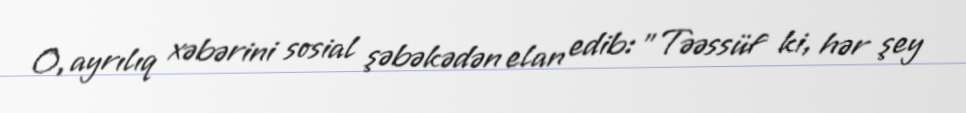
O, ayrılıq xəbərini sosial şəbəkədən elan edib: "Təəssüf ki, hər şey